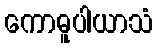
ကောဓူပါယာသံ